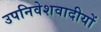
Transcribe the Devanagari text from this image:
उपनिवेशवादीयों